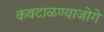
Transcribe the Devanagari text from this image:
कवटाळण्याजोगे